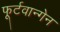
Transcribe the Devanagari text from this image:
फूर्टवान्गेन